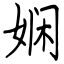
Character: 娴